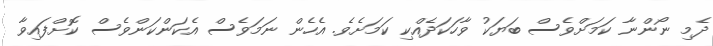
ދެމި ނޯންނާ ކަމަށްވެސް ބަޔަކު ވާހަކަދެއްކި ކަމަށެވެ. އެހެން ނަމަވެސް އެކަންކަންވެސް ކޮށްފައިވާ